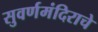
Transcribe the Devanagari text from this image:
सुवर्णमंदिराचे